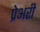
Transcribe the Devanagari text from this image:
प्रेअरी